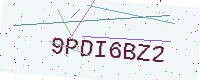
Text: 9PDI6BZ2